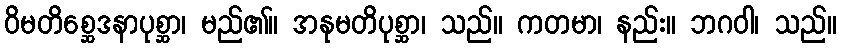
ဝိမတိစ္ဆေဒနာပုစ္ဆာ၊ မည်၏။ အနုမတိပုစ္ဆာ၊ သည်။ ကတမာ၊ နည်း။ ဘဂဝါ၊ သည်။